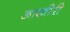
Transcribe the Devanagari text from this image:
आखीरी